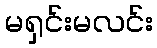
မရှင်းမလင်း